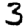
Digit: 3